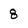
Character: 8